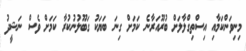
މިނިވަންކަމާއި އިސްތިގްލާލަށް ބުރޫއަރާނެ ކަމަށް ގިނަ ބަޔަކު ގަބޫލުނުކުރާ ކަމަށް ވެސް ނަޝީދު